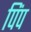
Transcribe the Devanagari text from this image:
पिंप